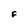
Character: F